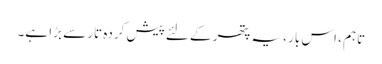
تاہم ، اس بار ، یہ پتھر کے لئے پیش کردہ تار سے بڑا ہے۔